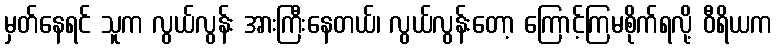
မှတ်နေရင် သူက လွယ်လွန်း အားကြီးနေတယ်၊ လွယ်လွန်းတော့ ကြောင့်ကြမစိုက်ရလို့ ဝီရိယက